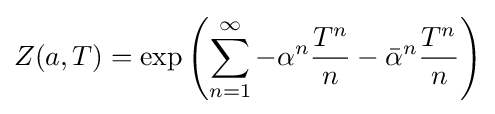
Z(a,T)=\exp \left(\sum _{n=1}^{\infty }-\alpha ^{n}{T^{n} \over n}-{\bar {\alpha }}^{n}{T^{n} \over n}\right)